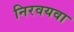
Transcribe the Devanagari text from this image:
निरवयवा